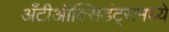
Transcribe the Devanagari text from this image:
अँटीऑक्सिडंट्समध्ये